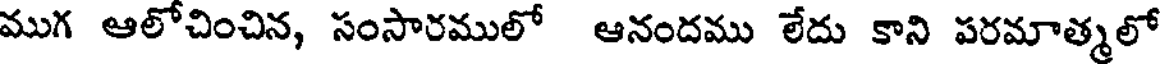
ముగ ఆలోచించిన, సంసారములో ఆనందము లేదు కాని పరమాత్మలో